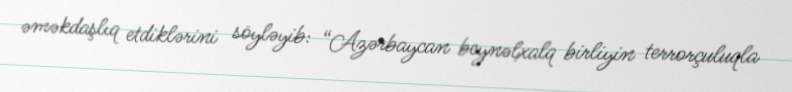
əməkdaşlıq etdiklərini söyləyib: “Azərbaycan beynəlxalq birliyin terrorçuluqla